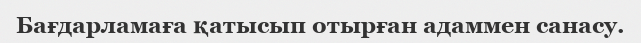
Бағдарламаға қатысып отырған адаммен санасу.